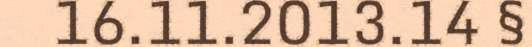
16.11.2013.14 §